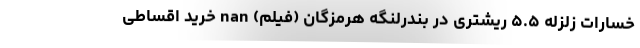
خسارات زلزله ۵.۵ ریشتری در بندرلنگه هرمزگان (فیلم) nan خرید اقساطی